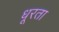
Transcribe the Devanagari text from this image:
धूरता